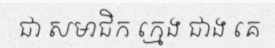
ជា សមាជិក ក្មេង ជាង គេ